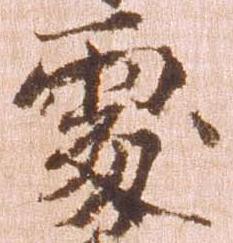
処